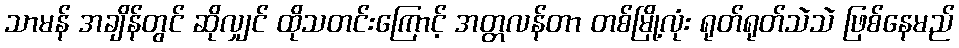
သာမန် အချိန်တွင် ဆိုလျှင် ထိုသတင်းကြောင့် အတ္တလန်တာ တစ်မြို့လုံး ရုတ်ရုတ်သဲသဲ ဖြစ်နေမည်